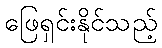
ဖြေရှင်းနိုင်သည့်